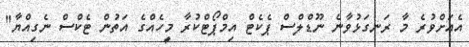
އެއަށްވުރެ މާ ރަނގަޅުވާނެ ނޫޑްލްސް ޕެކެޓް އިމްޕޯޓްކުރާ މީހެއްގެ އަތުން ޓެކްސް ނެގިއްޔާ"